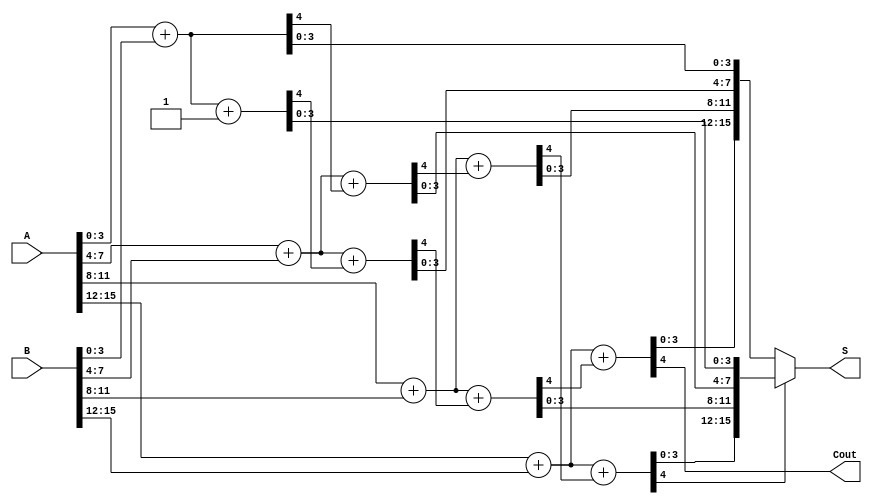
module han_carlson_adder (
    input [15:0] A,      // 16-bit input A
    input [15:0] B,      // 16-bit input B
    output [15:0] S,     // 16-bit sum output
    output Cout          // Carry out
);

    // Internal signals
    wire [3:0] carry;    // Carry signals between groups
    wire [15:0] sum0, sum1; // Sum outputs for carry-in 0 and 1

    // Group 0: Add A[3:0] and B[3:0]
    wire c0_0, c0_1;
    assign {c0_1, sum0[3:0]} = A[3:0] + B[3:0]; // Carry out for carry-in 1
    assign {c0_0, sum1[3:0]} = A[3:0] + B[3:0] + 1'b1; // Carry out for carry-in 0

    // Group 1: Add A[7:4] and B[7:4]
    wire c1_0, c1_1;
    assign {c1_1, sum0[7:4]} = A[7:4] + B[7:4] + c0_0; // Carry out for carry-in 1
    assign {c1_0, sum1[7:4]} = A[7:4] + B[7:4] + c0_1; // Carry out for carry-in 0

    // Group 2: Add A[11:8] and B[11:8]
    wire c2_0, c2_1;
    assign {c2_1, sum0[11:8]} = A[11:8] + B[11:8] + c1_0; // Carry out for carry-in 1
    assign {c2_0, sum1[11:8]} = A[11:8] + B[11:8] + c1_1; // Carry out for carry-in 0

    // Group 3: Add A[15:12] and B[15:12]
    wire c3_0, c3_1;
    assign {c3_1, sum0[15:12]} = A[15:12] + B[15:12] + c2_0; // Carry out for carry-in 1
    assign {c3_0, sum1[15:12]} = A[15:12] + B[15:12] + c2_1; // Carry out for carry-in 0

    // Final carry selection
    assign carry[0] = c0_0;
    assign carry[1] = c1_0;
    assign carry[2] = c2_0;
    assign carry[3] = c3_0;

    // Select the correct sum based on the final carry
    assign Cout = c3_1; // Final carry out from the last group
    assign S = (carry[3] ? sum1 : sum0); // Select sum based on carry

endmodule